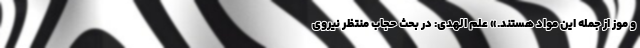
و موز از جمله این مواد هستند.» علم الهدی: در بحث حجاب منتظر نیروی